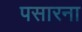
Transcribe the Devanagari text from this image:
पसारना